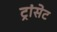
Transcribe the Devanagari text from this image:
ट्रांसेट